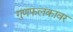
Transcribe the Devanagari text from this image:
गुणफलकावर